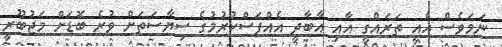
ނަމަވެސް އެއީ ތަރައްގީ އާއި އާބާދީ އެއްފަސްކުރުމުގެ ސިޔާސަތަށް ވުރެ ބޮޑަށް މަޖުބޫރީ